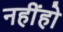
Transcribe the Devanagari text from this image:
नहींहो